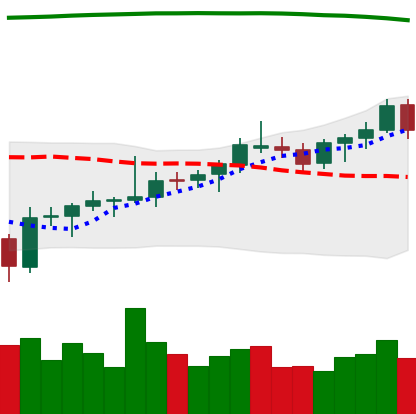
Ticker: BNB-USD
Chart end date: 2021-08-08
Forward return: 20.137%
Label: up_7plus